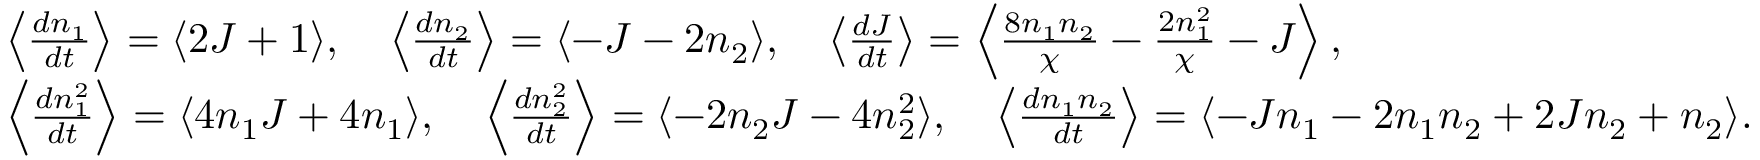
\begin{array} { r l r } & { \left\langle \frac { d n _ { 1 } } { d t } \right\rangle = \langle 2 J + 1 \rangle , \quad \left\langle \frac { d n _ { 2 } } { d t } \right\rangle = \langle - J - 2 n _ { 2 } \rangle , \quad \left\langle \frac { d J } { d t } \right\rangle = \left\langle \frac { 8 n _ { 1 } n _ { 2 } } { \chi } - \frac { 2 n _ { 1 } ^ { 2 } } { \chi } - J \right\rangle , } & \\ & { \left\langle \frac { d n _ { 1 } ^ { 2 } } { d t } \right\rangle = \langle 4 n _ { 1 } J + 4 n _ { 1 } \rangle , \quad \left\langle \frac { d n _ { 2 } ^ { 2 } } { d t } \right\rangle = \langle - 2 n _ { 2 } J - 4 n _ { 2 } ^ { 2 } \rangle , \quad \left\langle \frac { d n _ { 1 } n _ { 2 } } { d t } \right\rangle = \langle - J n _ { 1 } - 2 n _ { 1 } n _ { 2 } + 2 J n _ { 2 } + n _ { 2 } \rangle . } & \end{array}